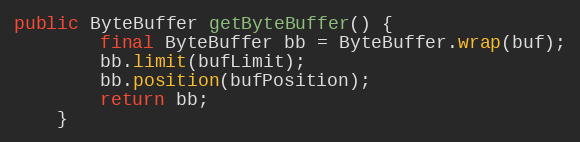
Language: Java
public ByteBuffer getByteBuffer() {
		final ByteBuffer bb = ByteBuffer.wrap(buf);
		bb.limit(bufLimit);
		bb.position(bufPosition);
		return bb;
	}